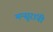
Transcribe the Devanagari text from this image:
मन्सूरांनी